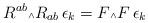
LaTeX: \begin{align*}R^{ab}\mbox{\tiny $\wedge$} R_{ab}\, \epsilon_k = F\mbox{\tiny $\wedge$} F\, \epsilon_k\end{align*}